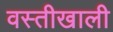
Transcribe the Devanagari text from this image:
वस्तीखाली